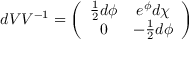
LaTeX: d { \cal { V } } { \cal { V } } ^ { - 1 } = \left( \begin{array} { c c } { { \frac { 1 } { 2 } d \phi } } & { { e ^ { \phi } d \chi } } \\ { { 0 } } & { { - \frac { 1 } { 2 } d \phi } } \end{array} \right)